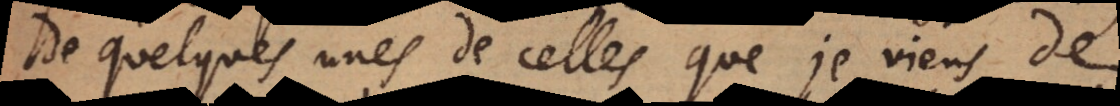
de quelques unes de celles que je viens de